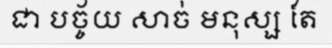
ជា បច្ច័យ សាច់ មនុស្ស តែ